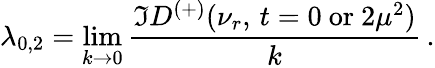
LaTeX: \lambda_{0,2}=\operatorname*{lim}_{k\to 0}{\frac{\Im D^{(+)}(\nu_{r},\, t=0\mathrm{\ or\ }2\mu^{2})}{k}}\, .